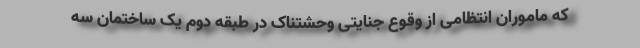
که ماموران انتظامی از وقوع جنایتی وحشتناک در طبقه دوم یک ساختمان سه